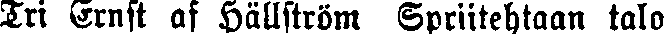
Tri Ernst af Hällström Spriitehtaan talo